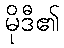
မိုဒီ၏